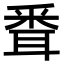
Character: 䎹